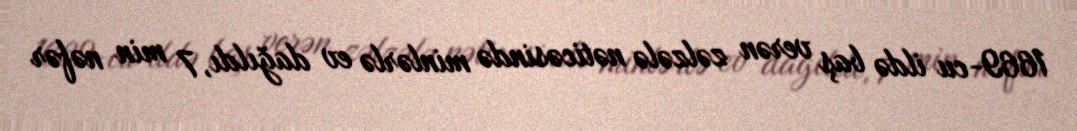
1669-cu ildə baş verən zəlzələ nəticəsində minlərlə ev dağıldı, 7 min nəfər